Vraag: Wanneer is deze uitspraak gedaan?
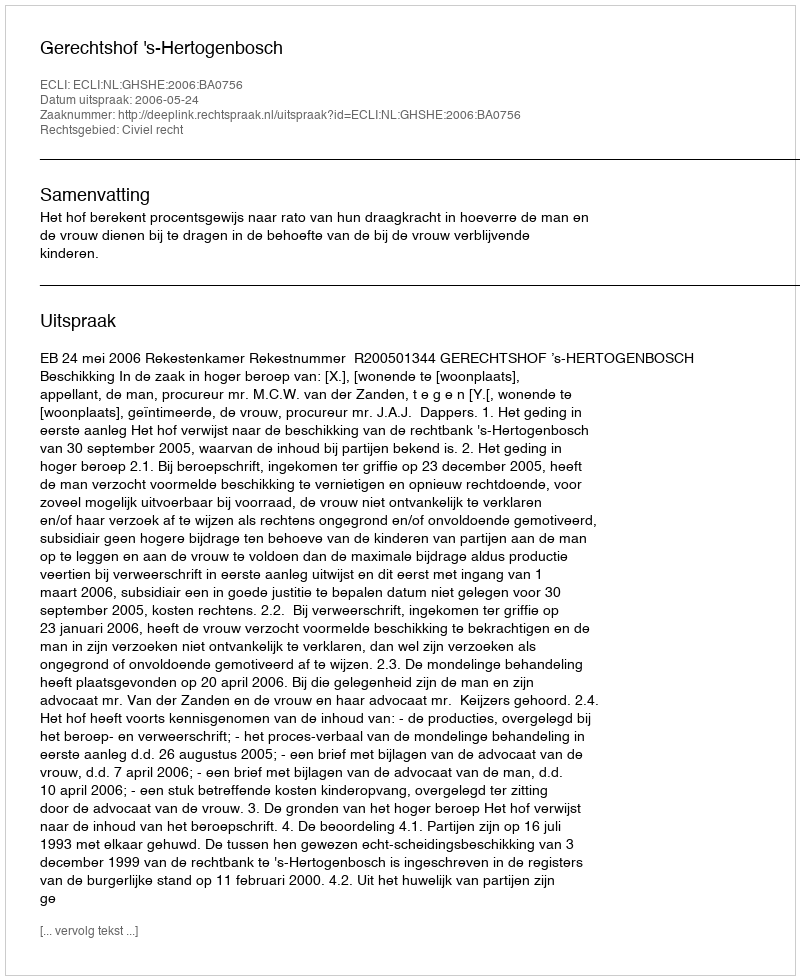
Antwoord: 2006-05-24